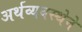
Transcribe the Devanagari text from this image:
अर्थव्यवस्थेने